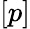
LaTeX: {[p]}